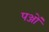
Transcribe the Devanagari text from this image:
पञ्जों